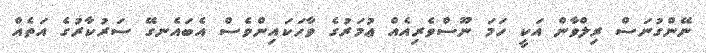
ނޭންގުނަސް ރިލްވާން އަކީ ހަމަ ނޫސްވެރިއެެއް ޢުމަރުގެ ވާހަކައިންވެސް އެބައެނގޭ ސަރުކާރުގެ އަތެއް